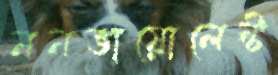
ননভায়োলেন্ট